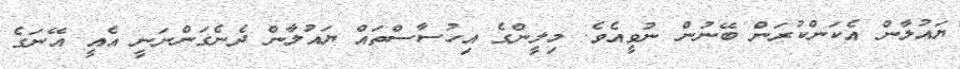
ޔައުލާން އެކަންކުރަން ބޭނުން ނުވީއެވެ. މިލީންގެ އިހުސާސްތައް ޔައުލާން ދެނެގަންނަނީ އެއީ އޭނަގެ